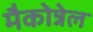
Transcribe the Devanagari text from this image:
मैकोन्नेल